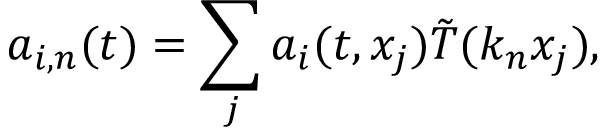
a _ { i , n } ( t ) = \sum _ { j } a _ { i } ( t , x _ { j } ) \tilde { T } ( k _ { n } x _ { j } ) ,